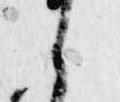
候